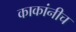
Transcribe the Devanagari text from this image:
काकांनीच